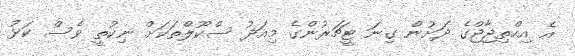
އެ އިހްތިޖާޖްގެ ދަށުން ގިނަ ޓީޗަރުންގެ މިއަދު ސްކޫލްތަކަށް ނިކުތީ ވެސް ކަޅު